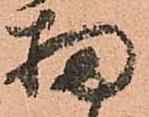
扨